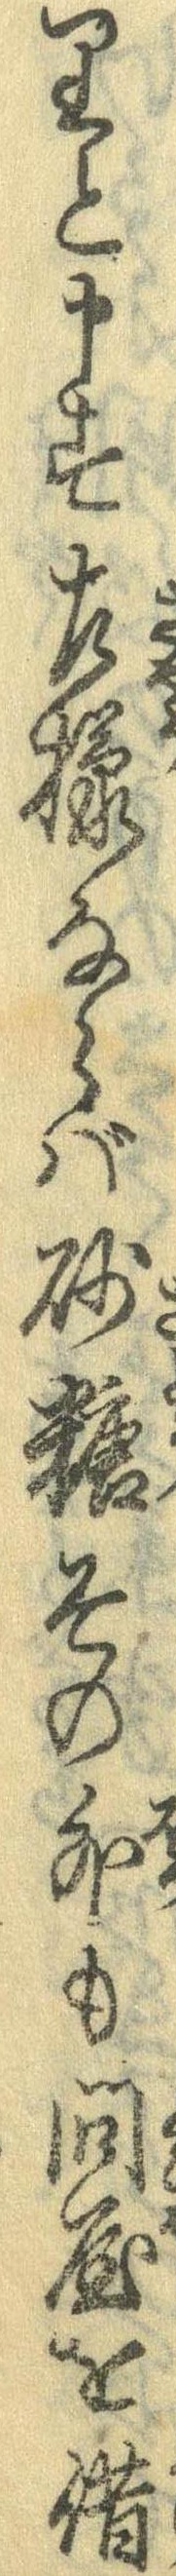
りと申す左様ならば砂糖その外も問屋を借